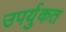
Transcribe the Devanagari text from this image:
उपर्युकत